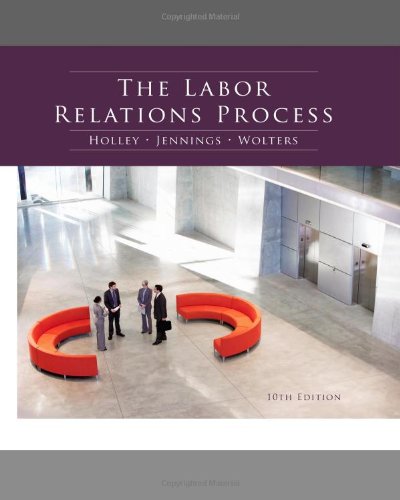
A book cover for The Labor Relations Process; William H. Holley; Business & Money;